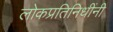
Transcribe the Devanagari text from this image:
लोकप्रतिनिधींनी